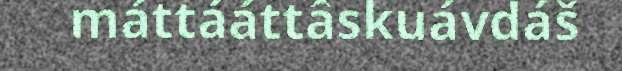
máttááttâskuávdáš